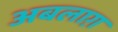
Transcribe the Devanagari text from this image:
अबलाग़